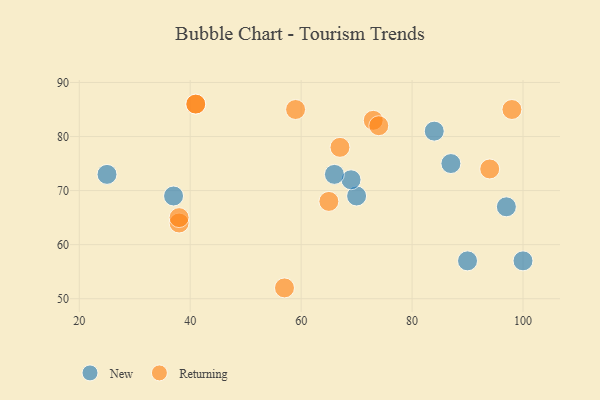
{"axis": {"x": "GDP", "y": "Life Expectancy"}, "legend": ["New", "Returning"], "data": [{"x": "87", "y": 75, "type": "New"}, {"x": "100", "y": 57, "type": "New"}, {"x": "70", "y": 69, "type": "New"}, {"x": "37", "y": 69, "type": "New"}, {"x": "97", "y": 67, "type": "New"}, {"x": "69", "y": 72, "type": "New"}, {"x": "90", "y": 57, "type": "New"}, {"x": "66", "y": 73, "type": "New"}, {"x": "25", "y": 73, "type": "New"}, {"x": "84", "y": 81, "type": "New"}, {"x": "67", "y": 78, "type": "Returning"}, {"x": "38", "y": 64, "type": "Returning"}, {"x": "65", "y": 68, "type": "Returning"}, {"x": "57", "y": 52, "type": "Returning"}, {"x": "41", "y": 86, "type": "Returning"}, {"x": "73", "y": 83, "type": "Returning"}, {"x": "94", "y": 74, "type": "Returning"}, {"x": "41", "y": 86, "type": "Returning"}, {"x": "59", "y": 85, "type": "Returning"}, {"x": "98", "y": 85, "type": "Returning"}, {"x": "38", "y": 65, "type": "Returning"}, {"x": "74", "y": 82, "type": "Returning"}]}